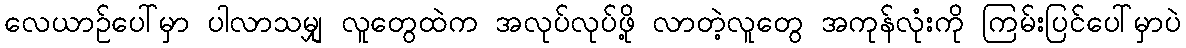
လေယာဉ်ပေါ်မှာ ပါလာသမျှ လူတွေထဲက အလုပ်လုပ်ဖို့ လာတဲ့လူတွေ အကုန်လုံးကို ကြမ်းပြင်ပေါ်မှာပဲ